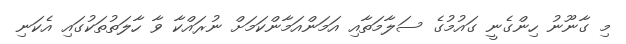
މި ގާނޫނު ހިންގެނީ ގައުމުގެ ސަލާމަތާއި އަމަންއަމާންކަމަށް ނުރައްކާ ވާ ހާލަތުތަކުގައި އެކަނި